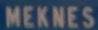
MEKNES